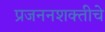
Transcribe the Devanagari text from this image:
प्रजननशक्तीचे